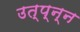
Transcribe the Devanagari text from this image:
उत्प्न्न